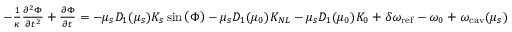
\begin{array} { r } { - \frac { 1 } { \kappa } \frac { \partial ^ { 2 } \Phi } { \partial { t } ^ { 2 } } + \frac { \partial \Phi } { \partial { t } } = - \mu _ { s } D _ { 1 } ( \mu _ { s } ) K _ { s } \sin { \left( \Phi \right) } - \mu _ { s } D _ { 1 } ( { \mu } _ { 0 } ) K _ { N L } - \mu _ { s } D _ { 1 } ( { \mu } _ { 0 } ) K _ { 0 } + \delta \omega _ { \mathrm { r e f } } - \omega _ { 0 } + \omega _ { \mathrm { c a v } } ( \mu _ { s } ) } \end{array}